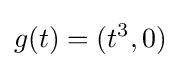
g(t)=(t^{3},0)